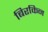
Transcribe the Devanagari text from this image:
बिरकिन